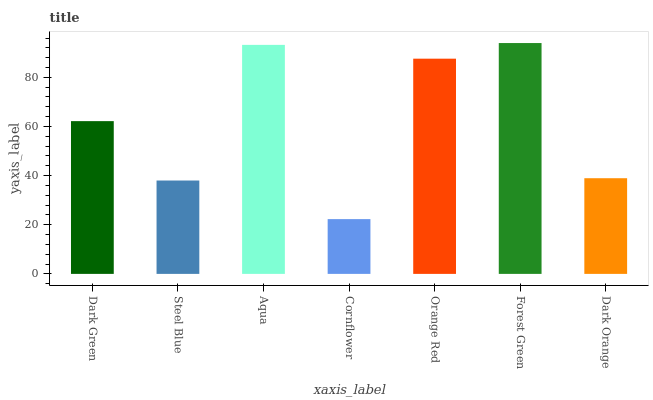
| xaxis_label | bars |
 | --- | --- |
 | Dark Green | 62.2 |
 | Steel Blue | 38 |
 | Aqua | 93.2 |
 | Cornflower | 22.3 |
 | Orange Red | 87.6 |
 | Forest Green | 94 |
 | Dark Orange | 38.9 |